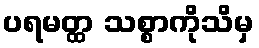
ပရမတ္ထ သစ္စာကိုသိမှ